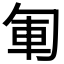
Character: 𠣞